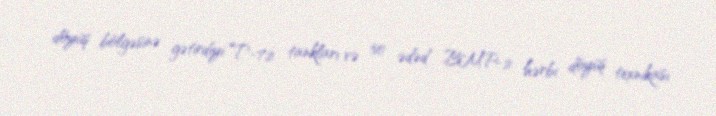
döyüş bölgəsinə gətirdiyi T-72 tankları və 50 ədəd BMP-2 hərbi döyüş texnikası